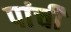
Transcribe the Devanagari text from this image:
पांची